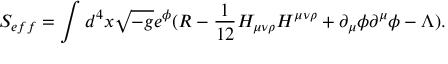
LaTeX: S _ { e f f } = \int d ^ { 4 } x \sqrt { - g } e ^ { \phi } ( R - \frac { 1 } { 1 2 } H _ { \mu \nu \rho } H ^ { \mu \nu \rho } + \partial _ { \mu } \phi \partial ^ { \mu } \phi - \Lambda ) .